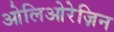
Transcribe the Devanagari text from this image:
ओलिओरेज़िन